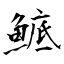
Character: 鯳